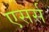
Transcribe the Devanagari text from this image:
एसर्स